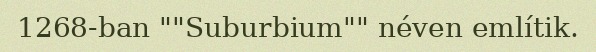
1268-ban ""Suburbium"" néven említik.